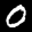
Label: 0